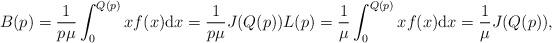
LaTeX: \begin{align*}B(p)=\frac{1}{p\mu}\int_{0}^{Q(p)}xf(x) \mathrm{d}x=\frac{1}{p\mu}J(Q(p))L(p)=\frac{1}{\mu}\int_{0}^{Q(p)}xf(x) \mathrm{d}x=\frac{1}{\mu}J(Q(p)),\end{align*}